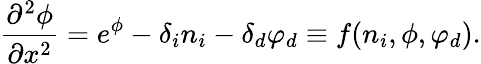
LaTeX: \frac{\partial^{2}\phi}{\partial x^{2}}=e^{\phi}-\delta_{i}n_{i}-\delta_{d}\varphi_{d}\equiv f(n_{i},\phi,\varphi_{d}).